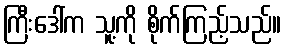
ကြီးဒေါ်က သူ့ကို စိုက်ကြည့်သည်။